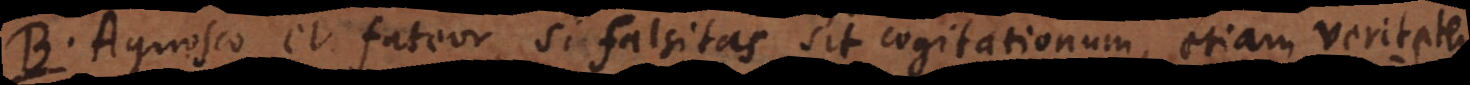
B. Agnosco et fateor, si falsitas sit cogitationum, etiam veritatem